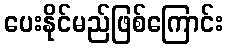
ပေးနိုင်မည်ဖြစ်ကြောင်း